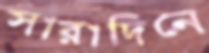
সারাদিনে